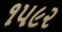
૧૫૯૨